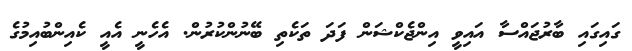
ގައިގައި ބާރުޖައްސާ އައިވީ އިންޖެކްޝަން ފަދަ ތަކެތި ބޭނުންކުރުން. އެހެނީ އެއީ ކެއިންބުއިމުގެ